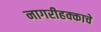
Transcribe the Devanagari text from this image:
नागरीहक्काचे